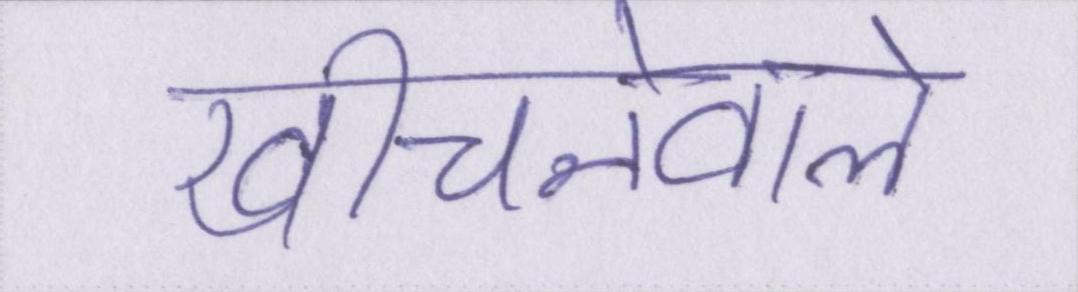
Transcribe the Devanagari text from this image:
खींचनेवाले